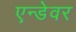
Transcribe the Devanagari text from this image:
एन्डेवर